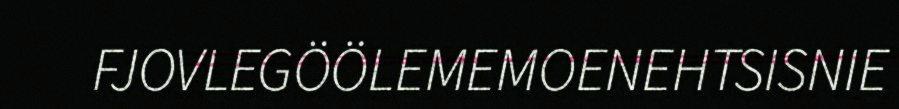
FJOVLEGÖÖLEMEMOENEHTSISNIE